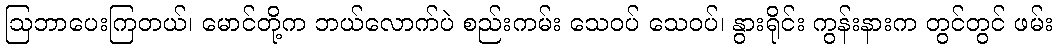
ဩဘာပေးကြတယ်၊ မောင်တို့က ဘယ်လောက်ပဲ စည်းကမ်း သေဝပ် သေဝပ်၊ နွားရိုင်း ကွန်းနားက တွင်တွင် ဖမ်း